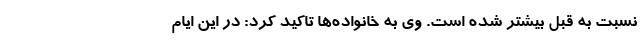
نسبت به قبل بیشتر شده است. وی ‌به خانواده‌ها تاکید کرد: در این ایام